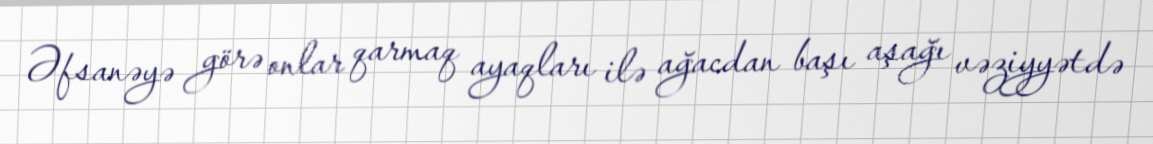
Əfsanəyə görə onlar qarmaq ayaqları ilə ağacdan başı aşağı vəziyyətdə